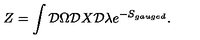
Z = \int { \cal D } \Omega { \cal D } X { \cal D } \lambda e ^ { - S _ { g a u g e d } } .